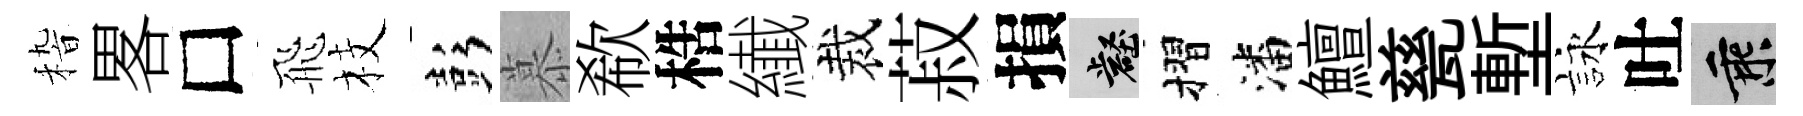
𥟵畧□飛枝彭慕欷梏纎裁菽損壑摺潘鱣甆塹詠吐乘